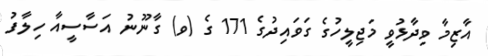
އާޒިމާ ވިދާޅުވީ މަޖިލީހުގެ ގަވައިދުގެ 171 ގެ (ވ) ގާނޫނު އަސާސީއާ ހިލާފު